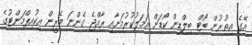
އޭގެ އިތުރުން ބޯޓް ބިލްޑިން ކޯޑަށް އަމަލުކުރުމަށާއި ރާއްޖެ ގެންނަ މެރީން އިކުއިޕްމަންޓުގެ